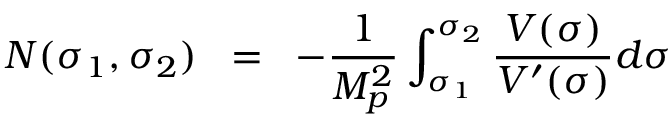
N ( \sigma _ { 1 } , \sigma _ { 2 } ) \; \; = \; \; - \frac { 1 } { M _ { p } ^ { 2 } } \int _ { \sigma _ { 1 } } ^ { \sigma _ { 2 } } \frac { V ( \sigma ) } { V ^ { \prime } ( \sigma ) } d \sigma